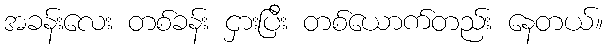
အခန်းလေး တစ်ခန်း ငှားပြီး တစ်ယောက်တည်း နေတယ်။